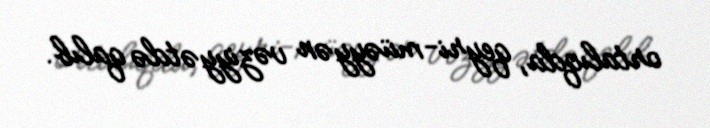
ortalıqda, qeyri-müəyyən vəziyyətdə qalıb.